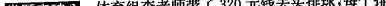
类题突破3 体育组李老师带了320元钱去买排球，每个排